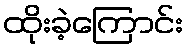
ထိုးခဲ့ကြောင်း